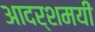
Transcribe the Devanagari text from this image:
आदर्शमयी